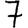
Digit: 7